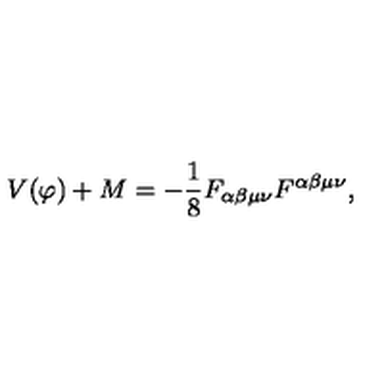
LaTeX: V ( \varphi ) + M = - \frac { 1 } { 8 } F _ { \alpha \beta \mu \nu } F ^ { \alpha \beta \mu \nu } ,